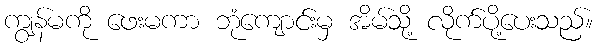
ကျွန်မကို ဖေးမကာ ဘုံကျောင်းမှ အိမ်သို့ လိုက်ပို့ပေးသည်။